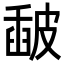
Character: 𥀈